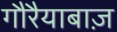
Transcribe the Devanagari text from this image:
गौरैयाबाज़